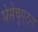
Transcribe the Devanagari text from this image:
मेसेचुएट्स